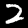
Label: 2